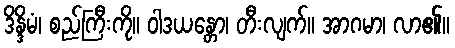
ဒိန္ဒိမံ၊ စည်ကြီးကို။ ဝါဒယန္တော၊ တီးလျက်။ အာဂမာ၊ လာ၏။